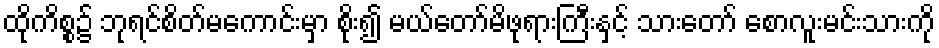
ထိုကိစ္စ၌ ဘုရင်စိတ်မကောင်းမှာ စိုး၍ မယ်တော်မိဖုရားကြီးနှင့် သားတော် စောလူးမင်းသားကို